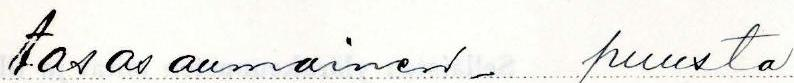
Tasasaumainen- puusta